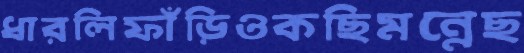
ধারলিফাঁড়িওকছিমন্নেছ